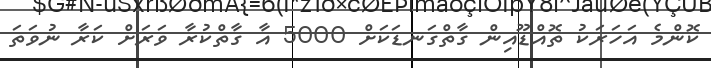
ކޮންމެ އަހަރަކު ތޮއްޑޫއިން ގާތްގަނޑަކަށް 5000 އާ ގާތްކުރާ ވަރަށް ކަރާ ނުވަތަ